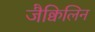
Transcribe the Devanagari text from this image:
जैक्विलिन